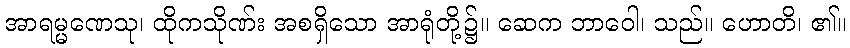
အာရမ္မဏေသု၊ ထိုကသိုဏ်း အစရှိသော အာရုံတို့၌။ ဆေက ဘာဝေါ၊ သည်။ ဟောတိ၊ ၏။